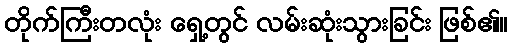
တိုက်ကြီးတလုံး ရှေ့တွင် လမ်းဆုံးသွားခြင်း ဖြစ်၏။